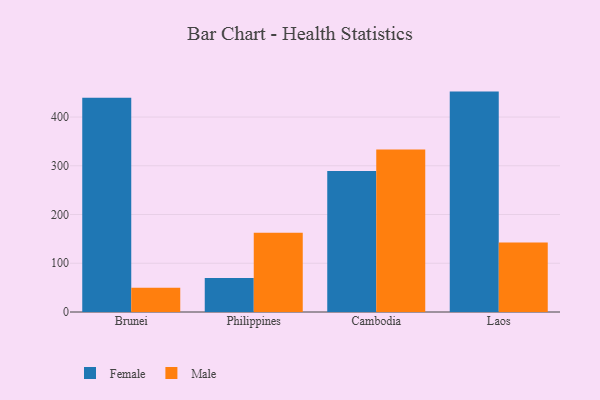
{"axis": {"x": "Country", "y": "Net Income (USD K)"}, "legend": ["Female", "Male"], "data": [{"x": "Brunei", "y": 439.5, "type": "Female"}, {"x": "Brunei", "y": 49.5, "type": "Male"}, {"x": "Philippines", "y": 69.9, "type": "Female"}, {"x": "Philippines", "y": 162.4, "type": "Male"}, {"x": "Cambodia", "y": 289.4, "type": "Female"}, {"x": "Cambodia", "y": 333.2, "type": "Male"}, {"x": "Laos", "y": 452.2, "type": "Female"}, {"x": "Laos", "y": 142.5, "type": "Male"}]}